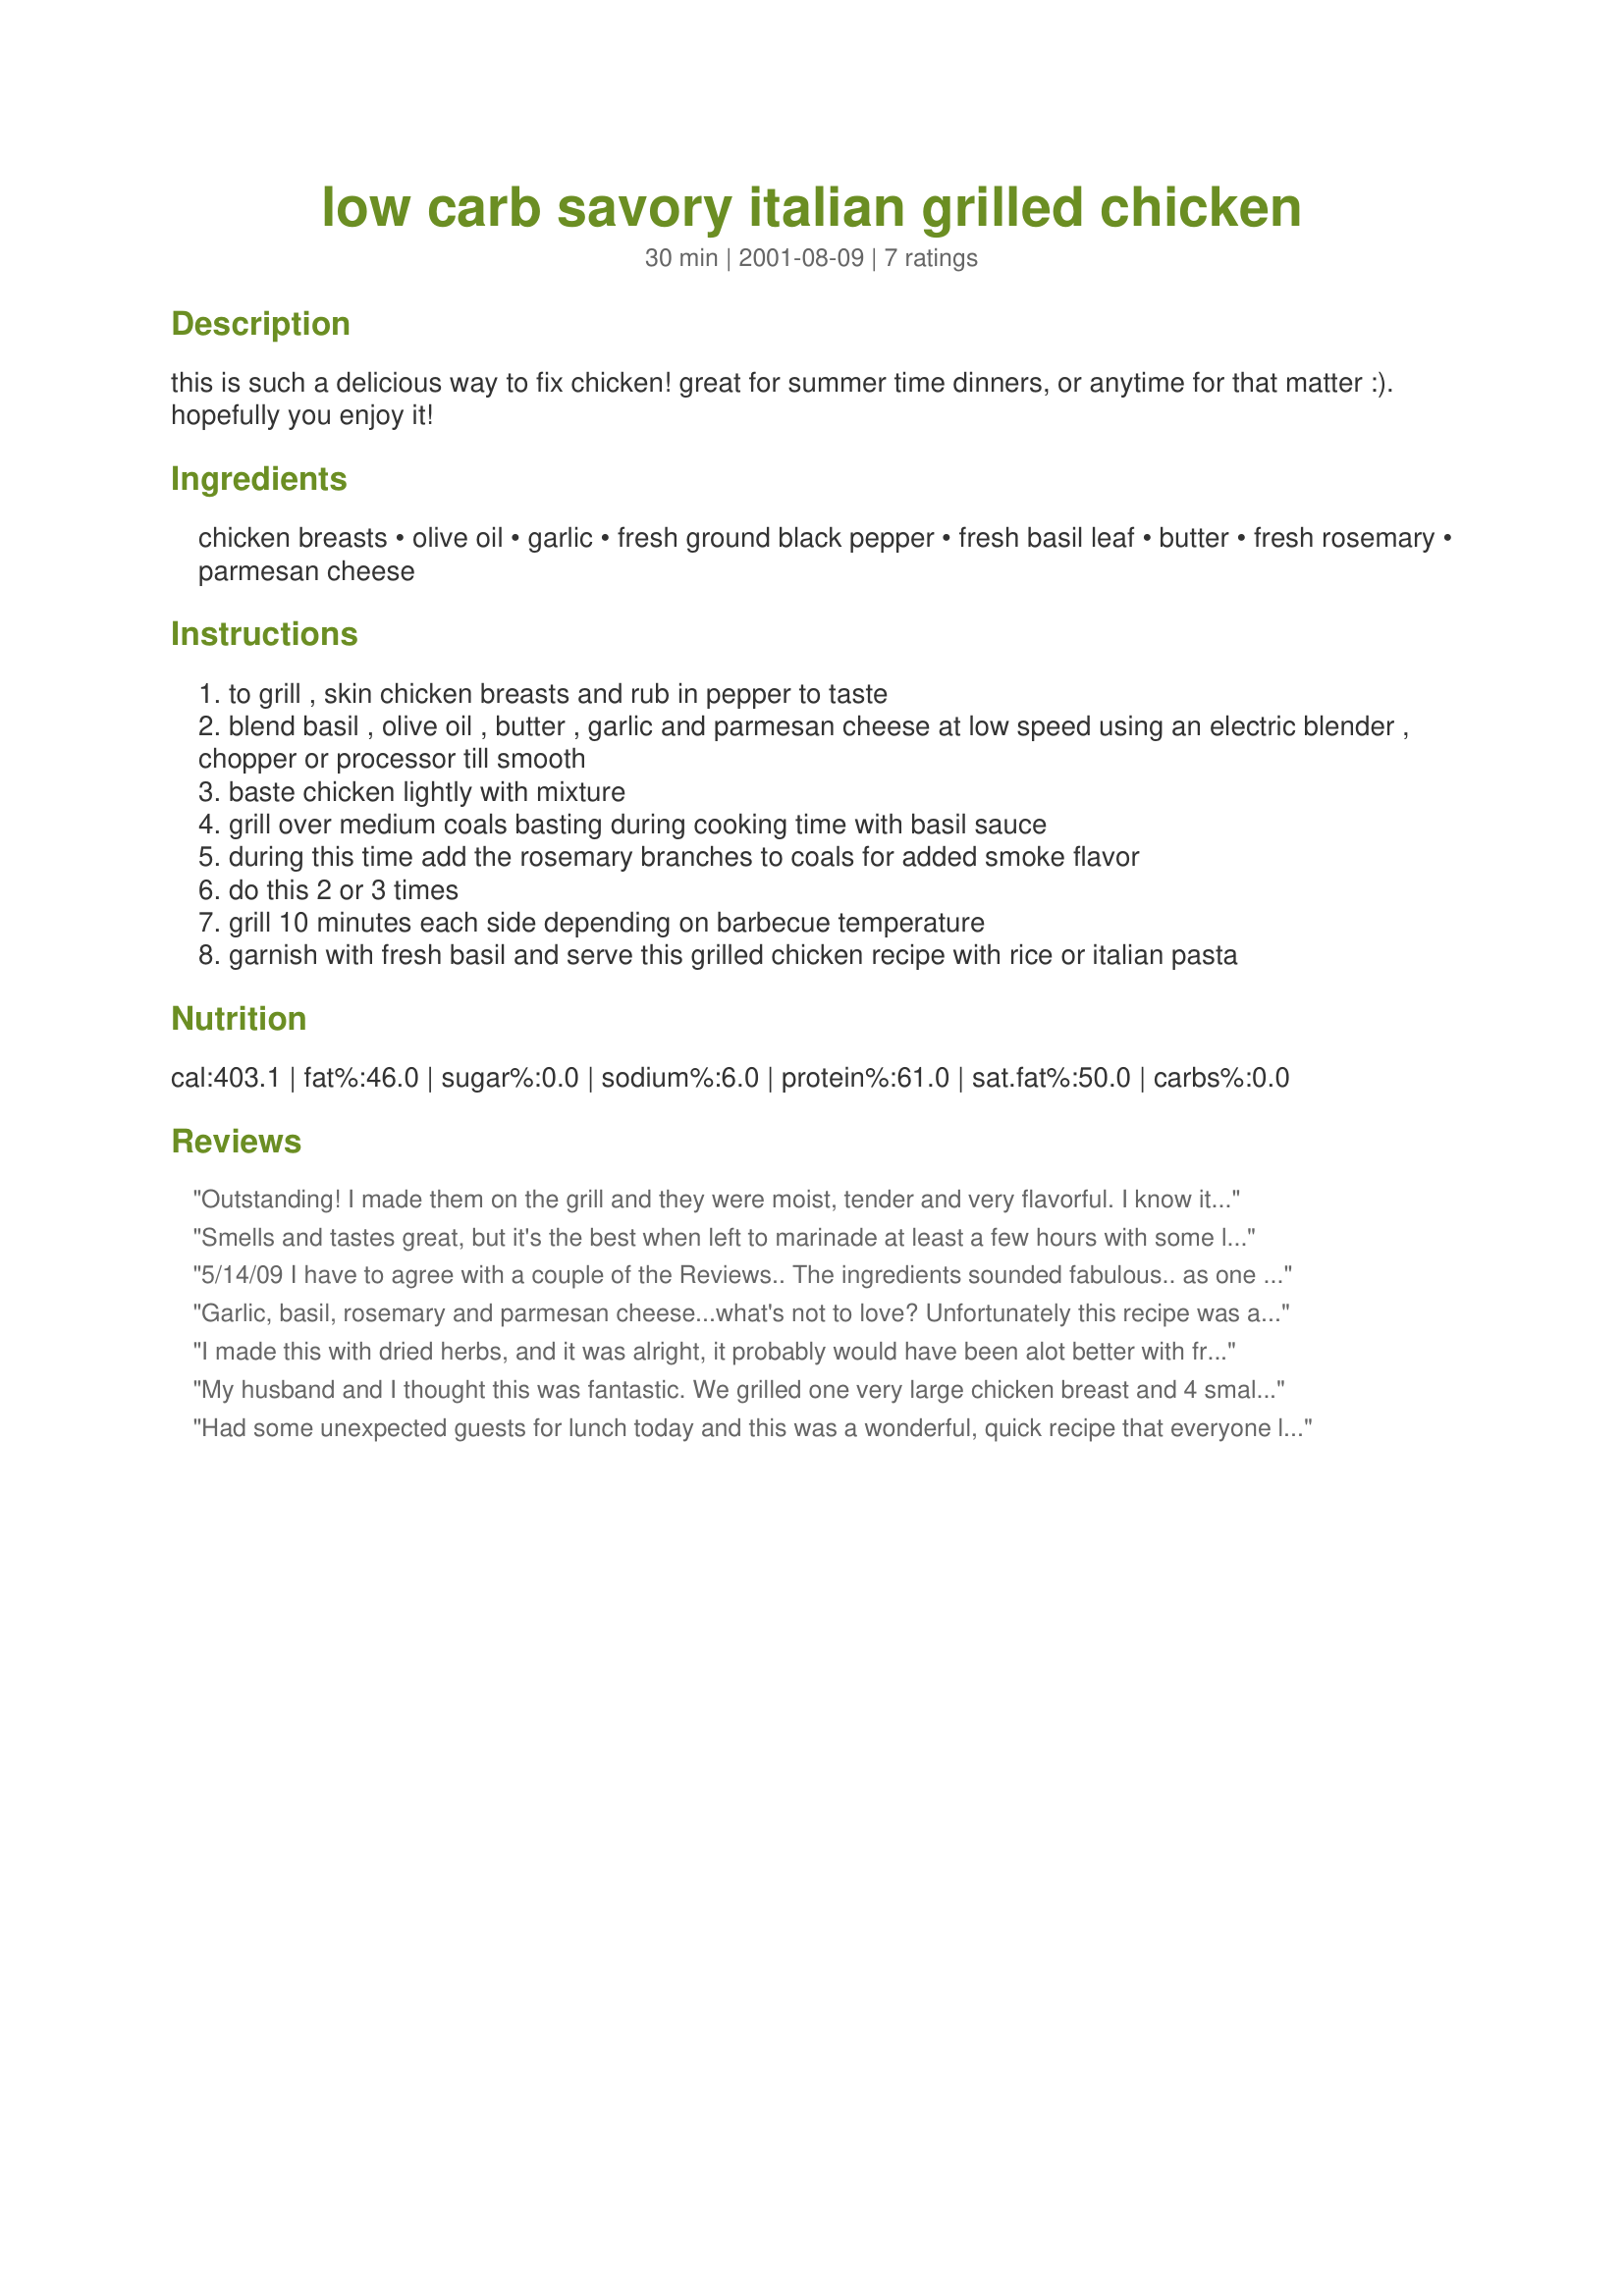
low carb savory italian grilled chicken
Preparation time: 30 minutes

this is such a delicious way to fix chicken! great for summer time dinners, or anytime for that matter :). hopefully you enjoy it!

Ingredients:
chicken breasts, olive oil, garlic, fresh ground black pepper, fresh basil leaf, butter, fresh rosemary, parmesan cheese

Steps:
to grill , skin chicken breasts and rub in pepper to taste
blend basil , olive oil , butter , garlic and parmesan cheese at low speed using an electric blender , chopper or processor till smooth
baste chicken lightly with mixture
grill over medium coals basting during cooking time with basil sauce
during this time add the rosemary branches to coals for added smoke flavor
do this 2 or 3 times
grill 10 minutes each side depending on barbecue temperature
garnish with fresh basil and serve this grilled chicken recipe with rice or italian pasta

Reviews:
Outstanding! I made them on the grill and they were moist, tender and very flavorful. I know it doesn't fit with the low-carb lifestyle, but I would add salt next time. This is one of the best grilled chicken dishes ever. Thank you, L2T, for sharing this recipe.
Smells and tastes great, but it's the best when left to marinade at least a few hours with some lime juice and sea salt added to the mix.
5/14/09 I have to agree with a couple of the Reviews.. The ingredients sounded fabulous.. as one person said.. "what's not to love" but when grilled the ingredients lost a lot of their flavour and the chicken DID toughen a little bit. I think maybe the Parmesan cheese was the issue. Next time I will take it out as the other ingredients stand well, alone.
Garlic, basil, rosemary and parmesan cheese...what's not to love? Unfortunately this recipe was a bit of a disappointment. Without the benefit of a marinating acid and time the flavours seemed to fade while grilling and the chicken became a little tough. I would try this again, but make some substantial changes. Thank you for posting.
I made this with dried herbs, and it was alright, it probably would have been alot better with fresh herbs. I won't make it again.
My husband and I thought this was fantastic. We grilled one very large chicken breast and 4 smaller tenderloins. He was a bit heavy handed with the sauce on the tenderloins and they turned out the best! I only had dried basil on hand, so I used 1 Tbl of that and added a dash of dried rosemary to the mix as well before blending and basting. Thanks for a great easy grill recipe!
Had some unexpected guests for lunch today and this was a wonderful, quick recipe that everyone loved. I had eight chicken breast halves and should have doubled the marinade recipe, but it was still excellent! Thanks for posting!
